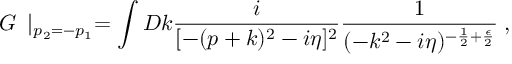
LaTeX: { \cal G } \frac { } { } \mid _ { p _ { 2 } = - p _ { 1 } } = \int { \cal D } k \frac { i } { [ - ( p + k ) ^ { 2 } - i \eta ] ^ { 2 } } \frac { 1 } { ( - k ^ { 2 } - i \eta ) ^ { - \frac { 1 } { 2 } + \frac { \epsilon } { 2 } } } \; ,